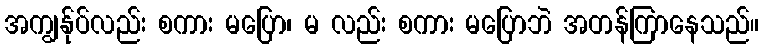
အကျွန်ုပ်လည်း စကား မပြော၊ မ လည်း စကား မပြောဘဲ အတန်ကြာနေသည်။